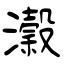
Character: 濲